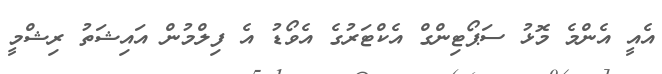
އެއީ އެންމެ މޮޅު ސަޕޯޓިންގް އެކްޓަރުގެ އެވޯޑު އެ ފިލްމުން އައިޝަތު ރިޝްމީ